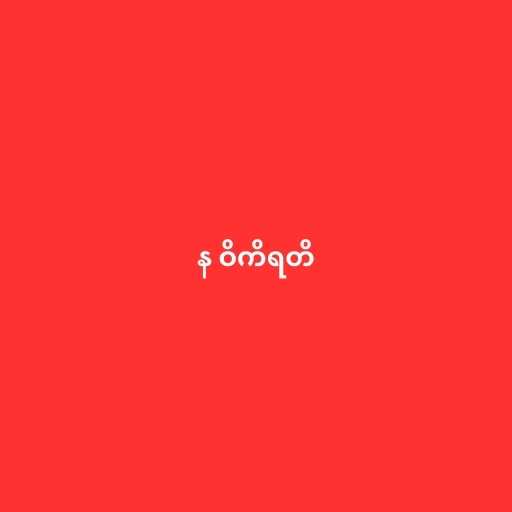
န ဝိကိရတိ